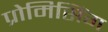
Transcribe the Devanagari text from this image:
प्रोमिसिंग